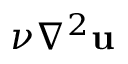
\nu \nabla ^ { 2 } { \bf u }